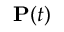
\mathbf { P } ( t )